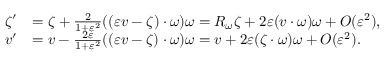
\begin{array} { r l } { \zeta ^ { \prime } } & { = \zeta + \frac { 2 } { 1 + \varepsilon ^ { 2 } } ( ( \varepsilon v - \zeta ) \cdot \omega ) \omega = R _ { \omega } \zeta + 2 \varepsilon ( v \cdot \omega ) \omega + O ( \varepsilon ^ { 2 } ) , } \\ { v ^ { \prime } } & { = v - \frac { 2 \varepsilon } { 1 + \varepsilon ^ { 2 } } ( ( \varepsilon v - \zeta ) \cdot \omega ) \omega = v + 2 \varepsilon ( \zeta \cdot \omega ) \omega + O ( \varepsilon ^ { 2 } ) . } \end{array}